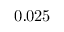
\mathrm { 0 . 0 2 5 }